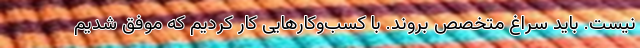
نیست. باید سراغ متخصص بروند. با کسب‌وکارهایی کار کردیم که موفق شدیم